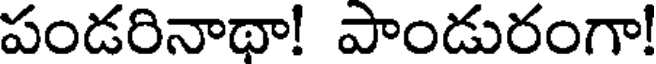
పండరినాథా! పాండురంగా!